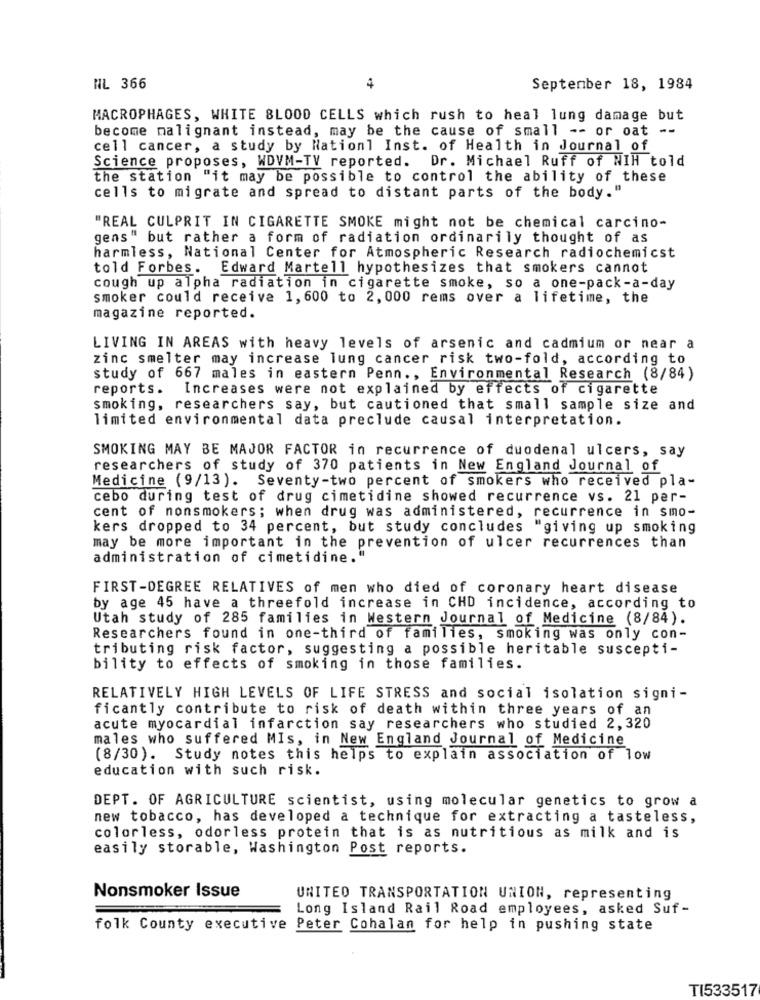
NL 366
4
September 18, 1984
MACROPHAGES, WHITE BLOOD CELLS which rush to heal lung damage but
become malignant instead, may be the cause of small -- or oat
--
cell cancer, a study by Nation] Inst. of Health in Journal of
Science proposes, WDVM-TV reported. Dr. Michael Ruff of NIH told
the station "it may be possible to control the ability of these
cells to migrate and spread to distant parts of the body."
"REAL CULPRIT IN CIGARETTE SMOKE might not be chemical carcino-
gens" but rather a form of radiation ordinarily thought of as
harmless, National Center for Atmospheric Research radiochemicst
told Forbes. Edward Martell hypothesizes that smokers cannot
cough up alpha radiation in cigarette smoke, so a one-pack-a-day
smoker could receive 1, 600 to 2, 000 rems over a lifetime, the
magazine reported.
LIVING IN AREAS with heavy levels of arsenic and cadmium or near a
zinc smelter may increase lung cancer risk two-fold, according to
study of 667 males in eastern Penn ., Environmental Research (8/84)
reports.
Increases were not explained by effects of cigarette
smoking, researchers say, but cautioned that small sample size and
limited environmental data preclude causal interpretation.
SMOKING MAY BE MAJOR FACTOR in recurrence of duodenal ulcers, say
researchers of study of 370 patients in New England Journal of
Medicine (9/13). Seventy-two percent of smokers who received pla-
cebo during test of drug cimetidine showed recurrence vs. 21 per-
cent of nonsmokers; when drug was administered, recurrence in smo-
kers dropped to 34 percent, but study concludes "giving up smoking
may be more important in the prevention of ulcer recurrences than
administration of cimetidine."
FIRST-DEGREE RELATIVES of men who died of coronary heart disease
by age 45 have a threefold increase in CHD incidence, according to
Utah study of 285 families in Western Journal of Medicine (8/84).
Researchers found in one-third of families, smoking was only con-
tributing risk factor, suggesting a possible heritable suscepti-
bility to effects of smoking in those families.
RELATIVELY HIGH LEVELS OF LIFE STRESS and social isolation signi-
ficantly contribute to risk of death within three years of an
acute myocardial infarction say researchers who studied 2,320
males who suffered MIs, in New England Journal of Medicine
(8/30). Study notes this helps to explain association of low
education with such risk.
DEPT. OF AGRICULTURE scientist, using molecular genetics to grow a
new tobacco, has developed a technique for extracting a tasteless,
colorless, odorless protein that is as nutritious as milk and is
easily storable, Washington Post reports.
Nonsmoker Issue
UNITED TRANSPORTATION UNION, representing
Long Island Rail Road employees, asked Suf-
folk County executive Peter Cohalan for help in pushing state
TI533517